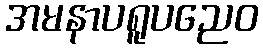
အမနာပရူပညေဝ